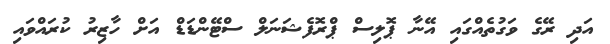
އަދި ރޭގެ ވަގުތެއްގައިި އޭނާ ޕޮލިސް ޕްރޮފެޝަނަލް ސްޓޭންޑަޑް އަށް ހާޒިރު ކުރައްވައި